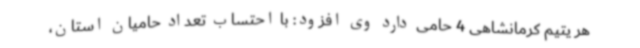
هر یتیم کرمانشاهی 4 حامی دارد وی افزود: با احتساب تعداد حامیان استان،